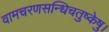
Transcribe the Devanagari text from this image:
वामचरणसन्धिचतुष्केषु।